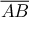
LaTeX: \overline { { A B } }